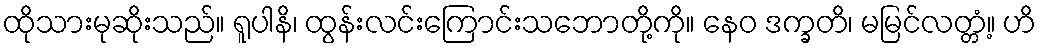
ထိုသားမုဆိုးသည်။ ရူပါနိ၊ ထွန်းလင်းကြောင်းသဘောတို့ကို။ နေဝ ဒက္ခတိ၊ မမြင်လတ္တံ့။ ဟိ